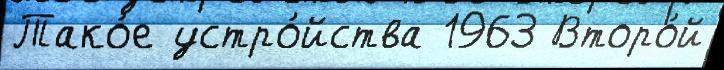
Тако́е устро́йства 1963 Второ́й